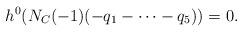
LaTeX: \begin{align*} h^0(N_{C}(-1)(-q_1-\cdots-q_5)) = 0.\end{align*}